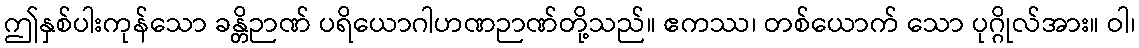
ဤနှစ်ပါးကုန်သော ခန္တိဉာဏ် ပရိယောဂါဟဏဉာဏ်တို့သည်။ ဧကဿ၊ တစ်ယောက် သော ပုဂ္ဂိုလ်အား။ ဝါ၊